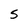
Character: s